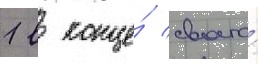
1 в конце́ своего́